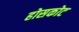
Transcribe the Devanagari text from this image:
होसकोट